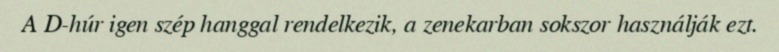
A D-húr igen szép hanggal rendelkezik, a zenekarban sokszor használják ezt.